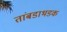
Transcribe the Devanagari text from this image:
तांबडाभडक